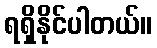
ရရှိနိုင်ပါတယ်။